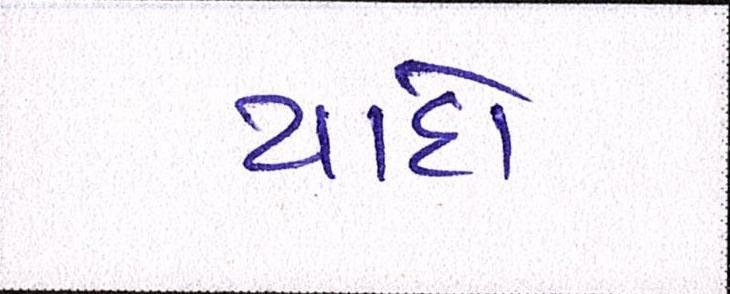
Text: યાદો